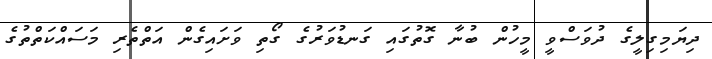
ދިޔަމިގިލީގެ ދުވަސްވީ މީހުން ބުނާ ގޮތުގައި ގަނޑުވަރުގެ ގޯތި ވަށައިގެން އަތްތެރި މަސައްކަތްތުގެ